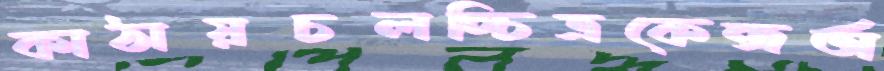
কাঠায়চলচ্চিত্রকেন্দ্রঅ